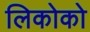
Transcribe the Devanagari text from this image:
लिकोको